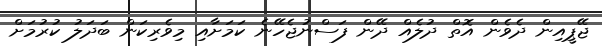
ޖޭޕީއިން ދެވެން އޮތް ދުލެއް ދޭން ފަސްނުޖެހޭނެ ކަމަށާއި މިވެރިކަން ބަދަލު ކުރުމަށް